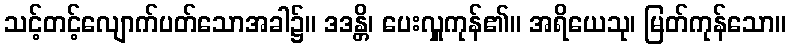
သင့်တင့်လျောက်ပတ်သောအခါ၌။ ဒဒန္တိ၊ ပေးလှူကုန်၏။ အရိယေသု၊ မြတ်ကုန်သော။